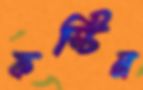
ফস্টিন